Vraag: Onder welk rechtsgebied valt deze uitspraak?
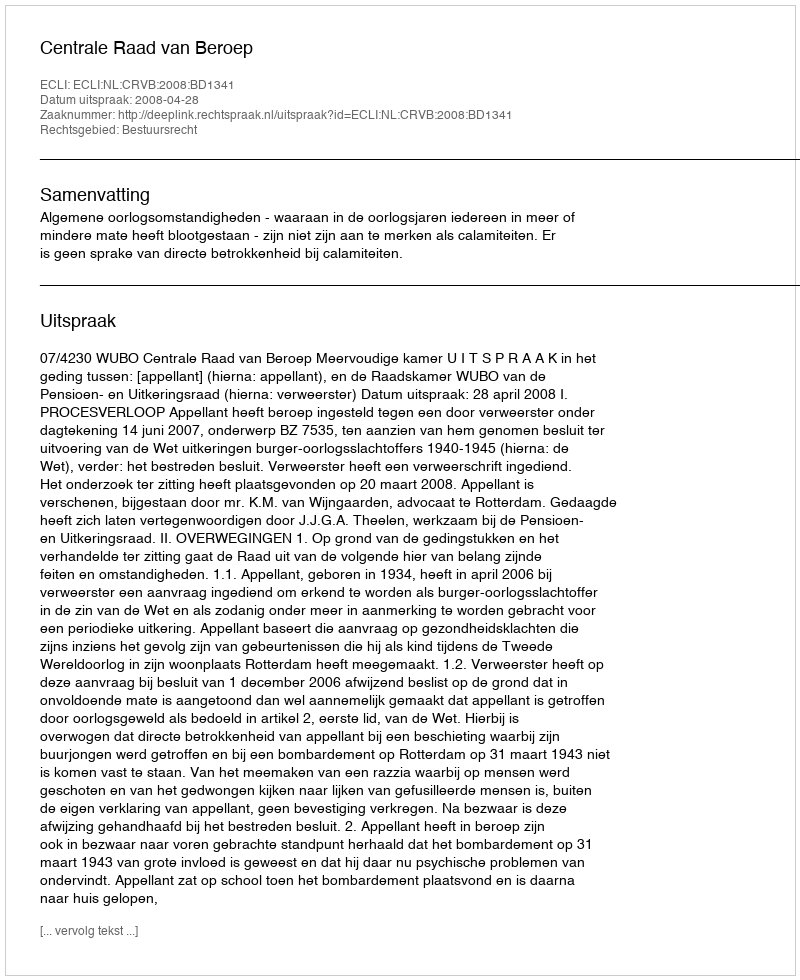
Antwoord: Bestuursrecht